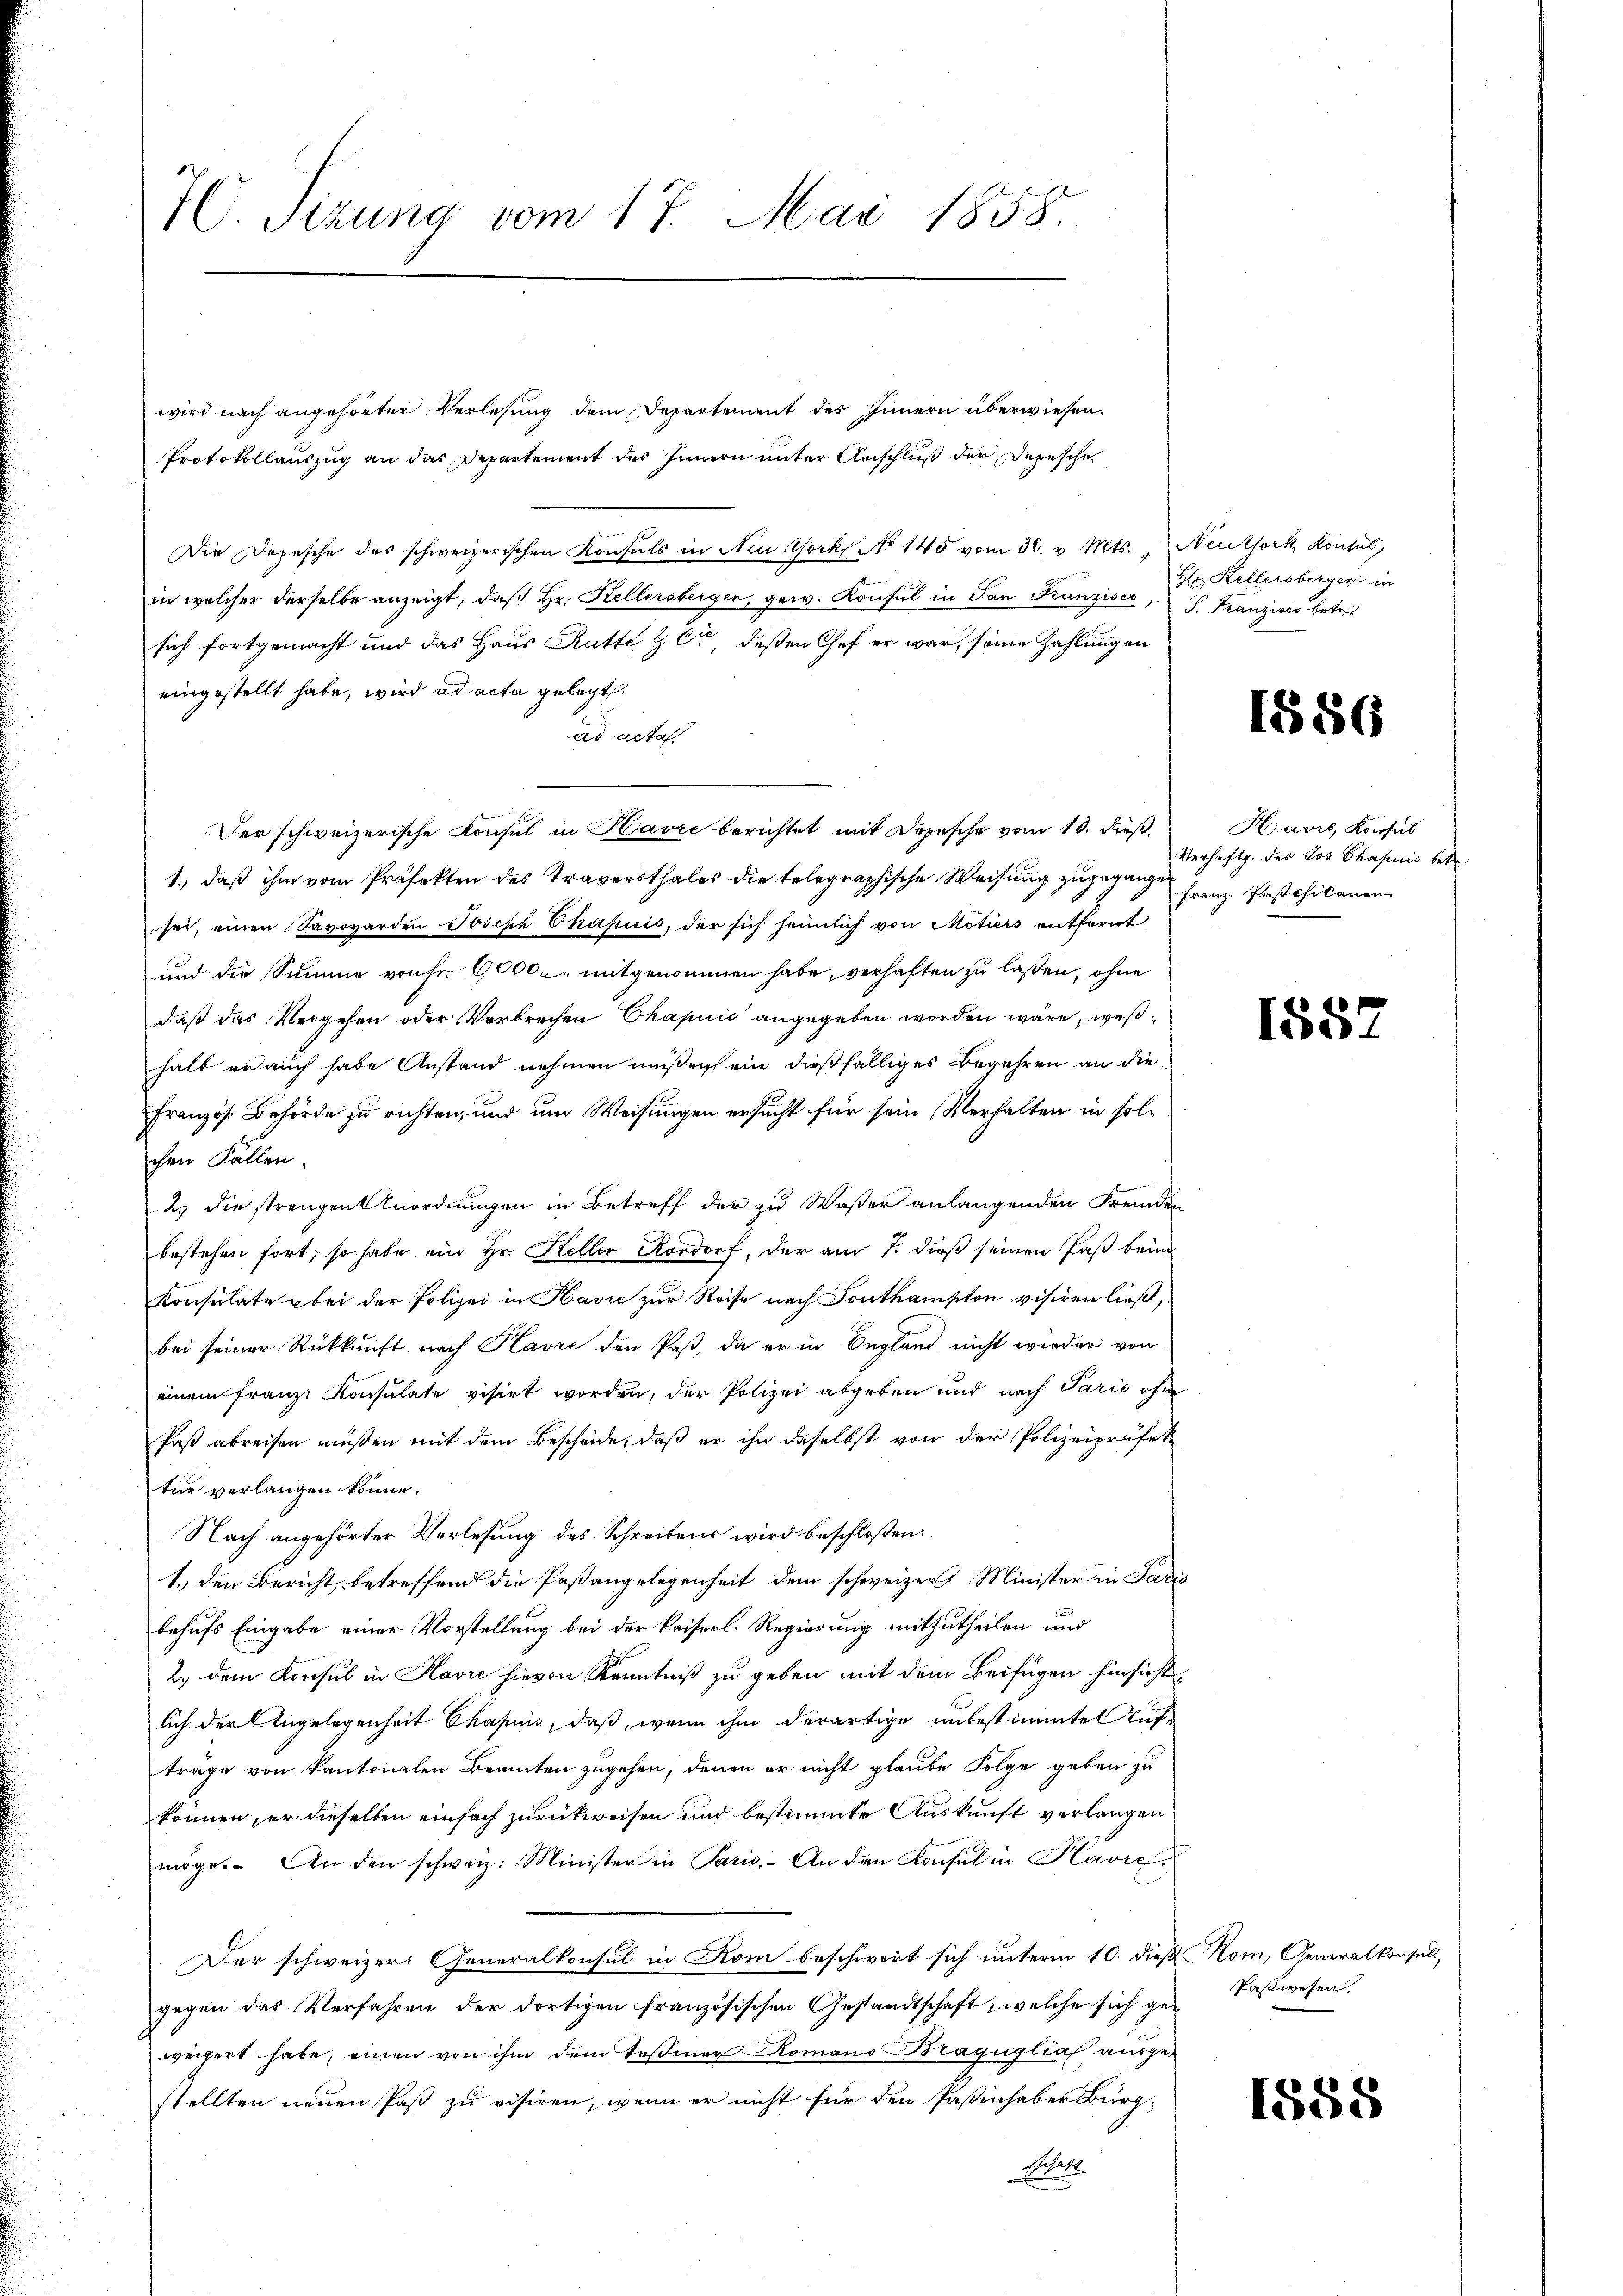
wird nach angehörter Verlesung dem Departement des Innern überwiesen.
Protokollauszug an das Departement des Innern unter Anschluß der Depesche
Die Depesche des schweizerischen Konsuls in New York No 145 vom 30. v. Mts., Neuthork, Konsul,
in welcher derselbe anzeigt, daβ hr. Kellersberger, gew. Konsul in San Kanzisca, S. Franzisis betret
sich fortgemacht und das Haus Rütte & Cie, deßen Chef er war, seine Zahlungen
eingestellt habe, wird ad acta gelegt.
ad acta
Der schweizerische Konsul in Havić berichtet mit Depesche vom 10. dieß,
1., daß ihm vom Präfekten des Traversthales die telegraphische Weisung zugegange
sei, einen Savovarden Joseph Chapuis, der sich heimlich von Motiers entfernt
und die Summe von Fr. 60000 mitgenommen habe, verhaften zu lassen, ohne
daß das Vergehen oder Verbrechen Chapuić angegeben worden wäre, weßhalb er auch habe Anstand nehmen müßen, ein dießfälliges Begehren an die
Französ. Behörde zu richten, und um Weisungen ersucht für sein Verhalten in solchen Fällen.
2.) die strengen Anordnungen in Betreff der zu Wasser anlangenden Fremden
bestehen fort, so habe ein Hr. Keller Rordorf, der am 7. dieß seinen Paß beim
Konsulate bei der Polizei in Havić zur Reise nach Southampton visiren ließ,
bei seiner Rückkunft nach Havre den Past, da er in England nicht wieder von
einem Franz. Konsulate visirt worden, der Polizei abgeben und nach Parić ohne
Post abreisen müßen mit dem Bescheide, daß er ihn daselbst von der Polizeipräfek
tur verlangen könne,
Nach angehörter Verlesung des Schreibens wird beschloßen:
1.) den Bericht, betreffend die Paßangelegenheit dem schweizers Minister in Paris
behufs Eingabe einer Vorstellung bei der kaiserl. Regierung mitzutheilen und
2.) dem Konsul in Havić hievon Kenntniß zu geben mit dem Beifügen hinsicht
lich der Angelegenheit Chapiis, daß, wenn ihm derartige unbestimmte Auf-
träge von kantonalen Beamten zugehen, denen er nicht glaube Folge geben zu
können, er dieselben einfach zurückweisen und bestimmte Auskunft verlangen
möge. An den schweiz. Minister in Paris. An den Konsul in Havre,
Der schweizer Generalkonsul in Rom beschwert sich unterm 10. dieß Kom, Generalkonsul
gegen das Verfahren der dortigen französischen Gestandtschaft, welche sich geweigert habe, einen von ihm dem Tessiner Komano Bragüglia ausge-
stellten neuen Paß zu visiren, wenn er nicht für den Paßinhaber Bürg¬
Bratt

H. Sizung vom 17. Mai 1858.

Hlr. Kellersberger in

1886

Havre Konsul
Verhaftg. des Los Chapuis betr.
Franz Paschikanen

1552

Paßwesen

1588